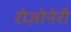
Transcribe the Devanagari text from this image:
रोज़ोनेरी